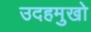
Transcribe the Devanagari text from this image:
उदहमुखो